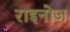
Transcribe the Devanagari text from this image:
राइनोज